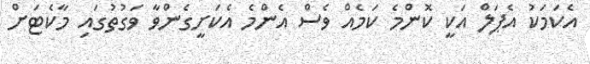
އެކަމަކު އެޕަލް އަކީ ކޮންމެ ކަމެއް ވެސް އެންމެ އެކަށީގެންވާ ވަގުތުގައި މާކެޓަށް